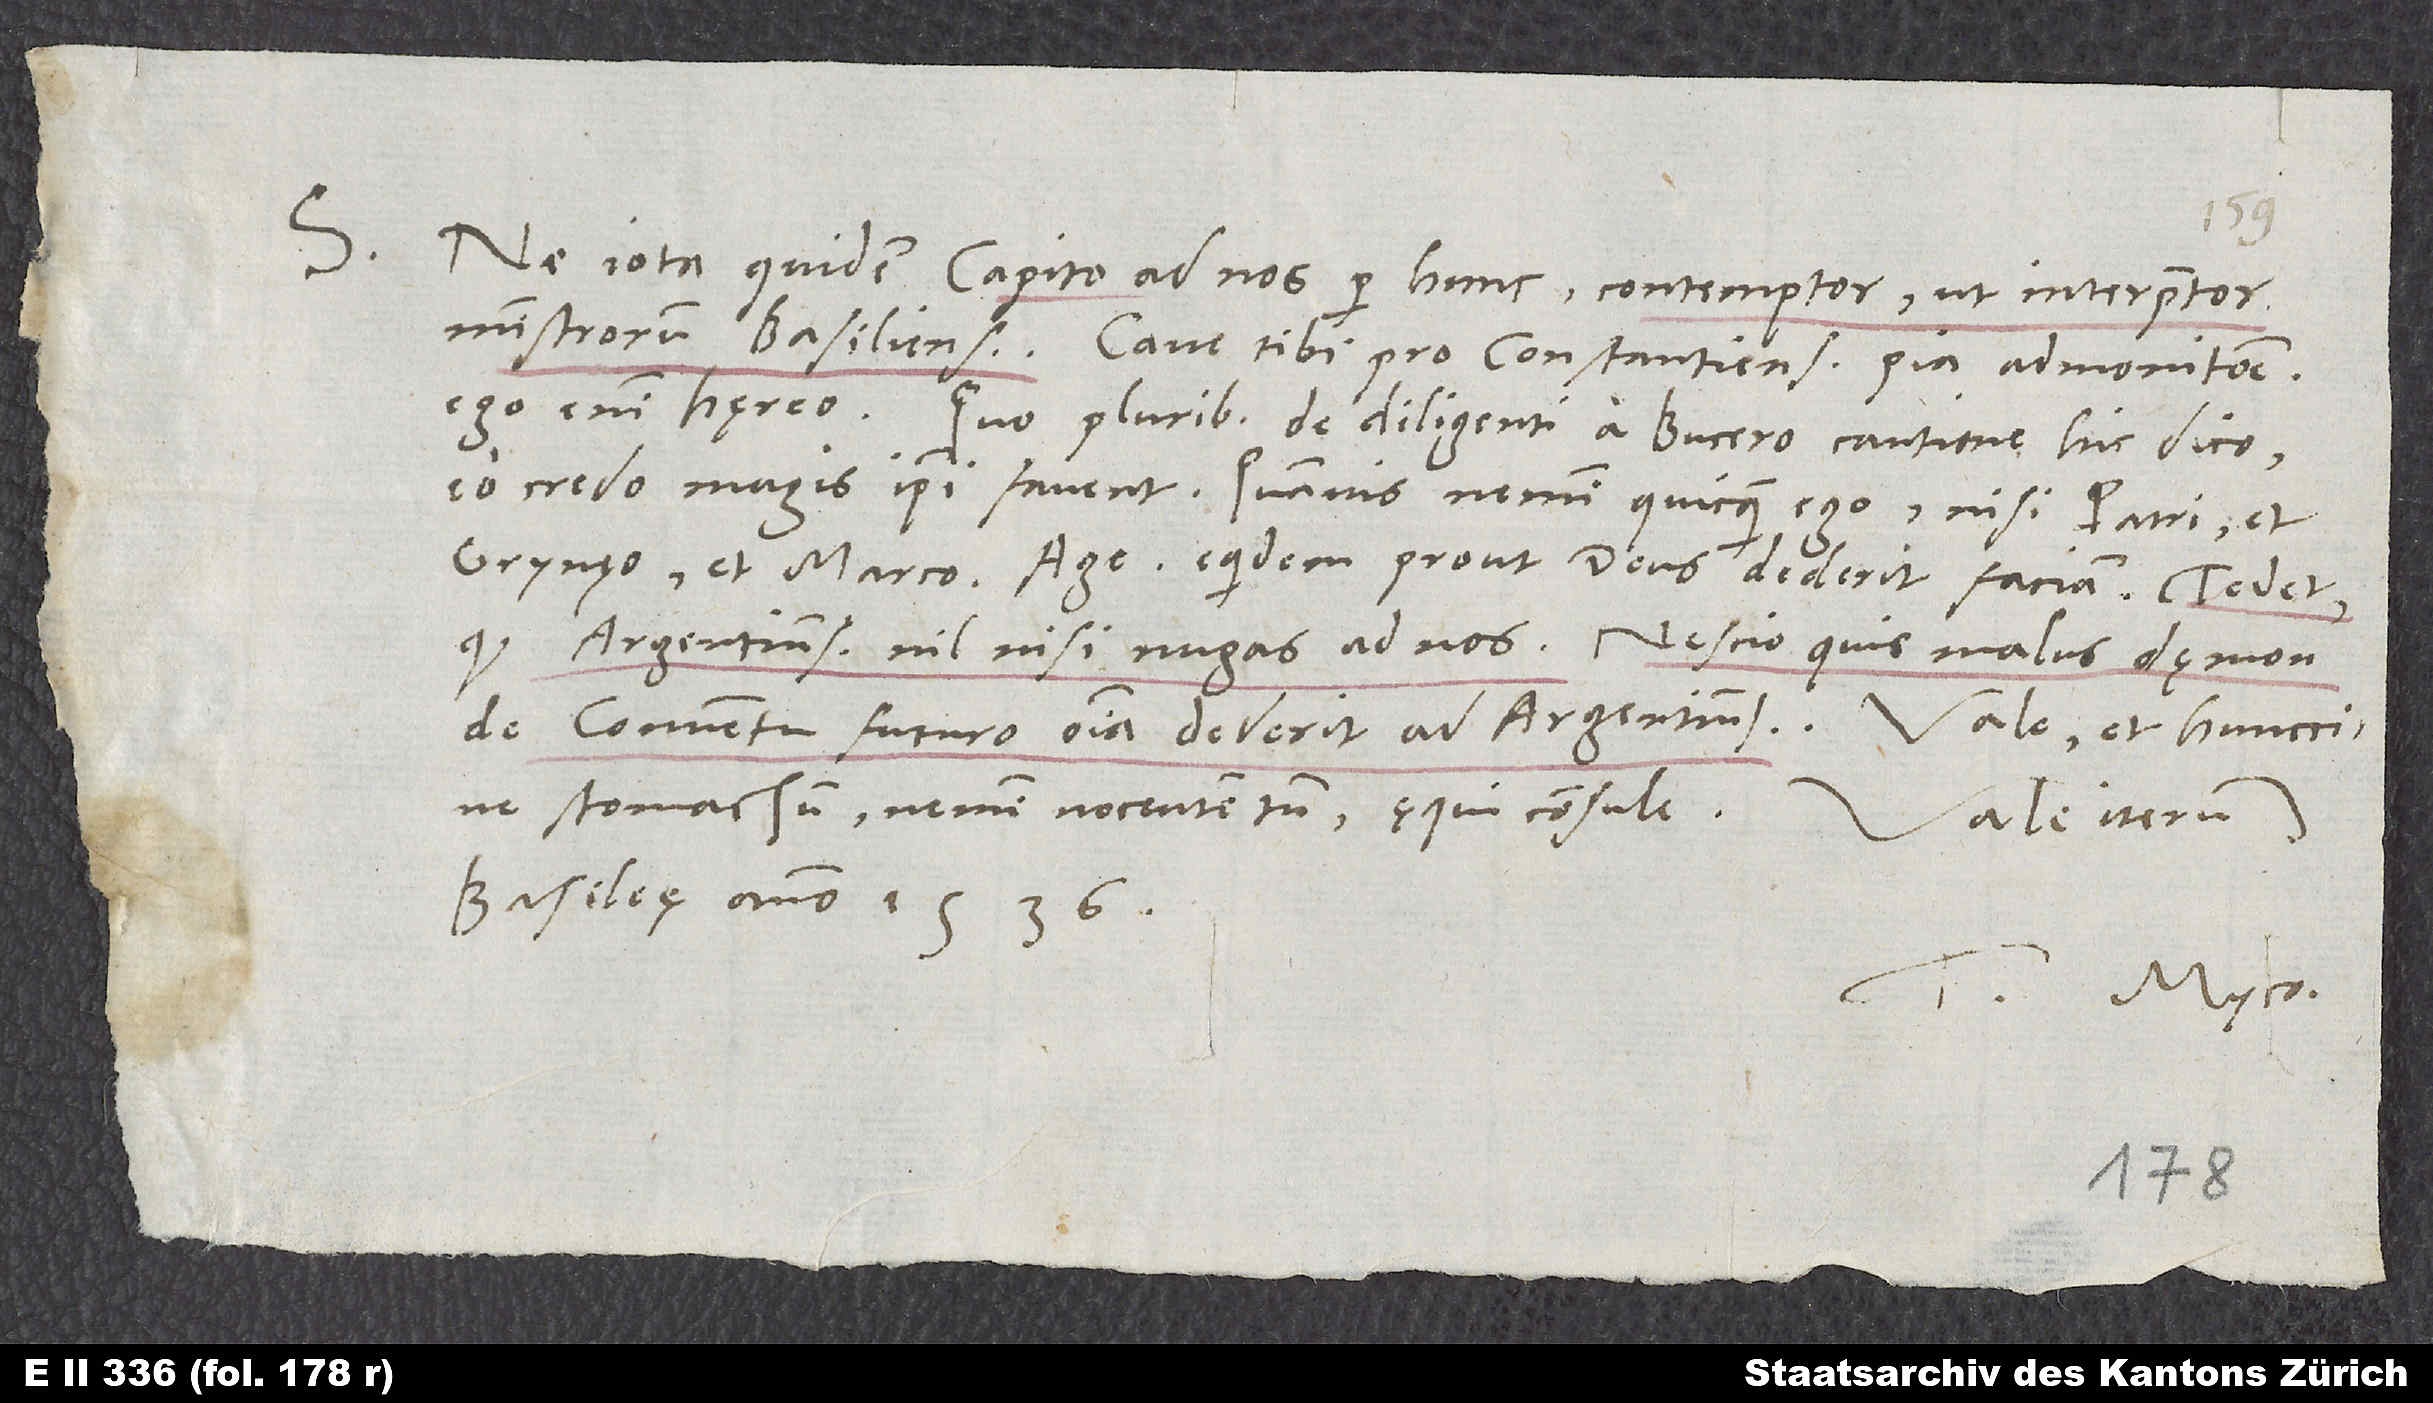
Ne iota quidem Capito ad nos per hunc - contemptor, ut interpretor,
ministrorum Basiliensium. Cave tibi pro Constantiensium pia admonitione.
Ego enim hęreo. Quo pluribus de diligenti a Bucero cautione hic dico,
eo, credo, magis ipsi favent. Quamvis nemini quicquam ego nisi patri et
Grynęo et Marco. Age; equidem, prout deus dederit, faciam. Tedet,
quod Argentinenses nil nisi nugas ad nos. Nescio quis malus dęmon
de conventu futuro omnia dederit ad Argentinenses.
stomachum, nemini nocentem tamen, ęqui consule.
S.
Basileę, anno 1536.
T. Myco.